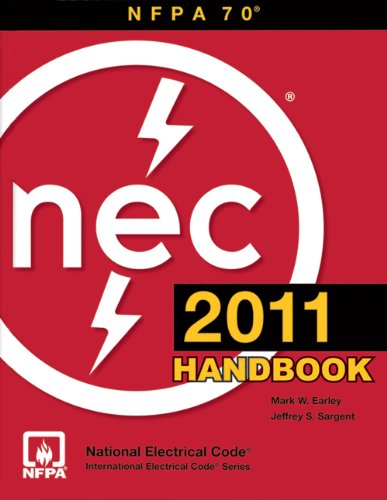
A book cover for National Electrical Code 2011 Handbook (International Electric Code Series); (NFPA) National Fire Protection Association; Engineering & Transportation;